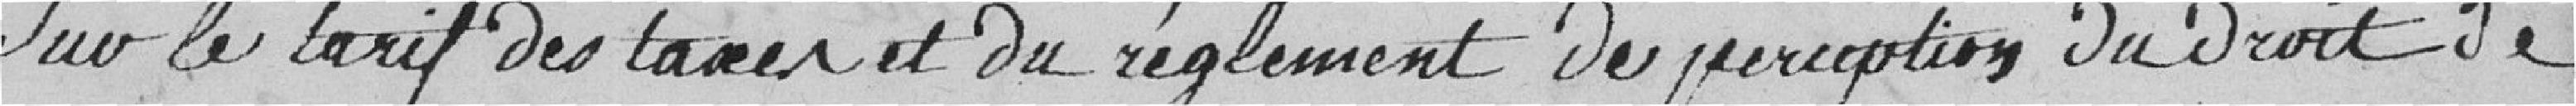
sur le tarif des taxes et du règlement de perception du droit de